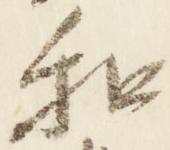
和